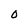
Character: 0